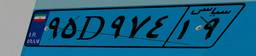
۹۵D۹۷۴۱۹